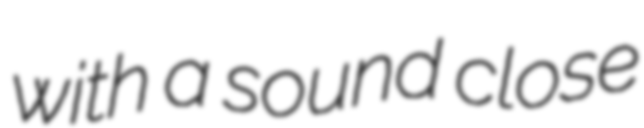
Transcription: with a sound close